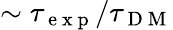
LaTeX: \sim\tau_{\mathrm{~e~x~p~}}/\tau_{\mathrm{~D~M~}}